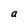
Character: a